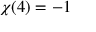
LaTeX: \chi ( 4 ) = - 1